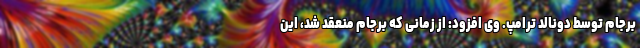
برجام توسط دونالد ترامپ. وی افزود:‌ از زمانی که برجام منعقد شد، این